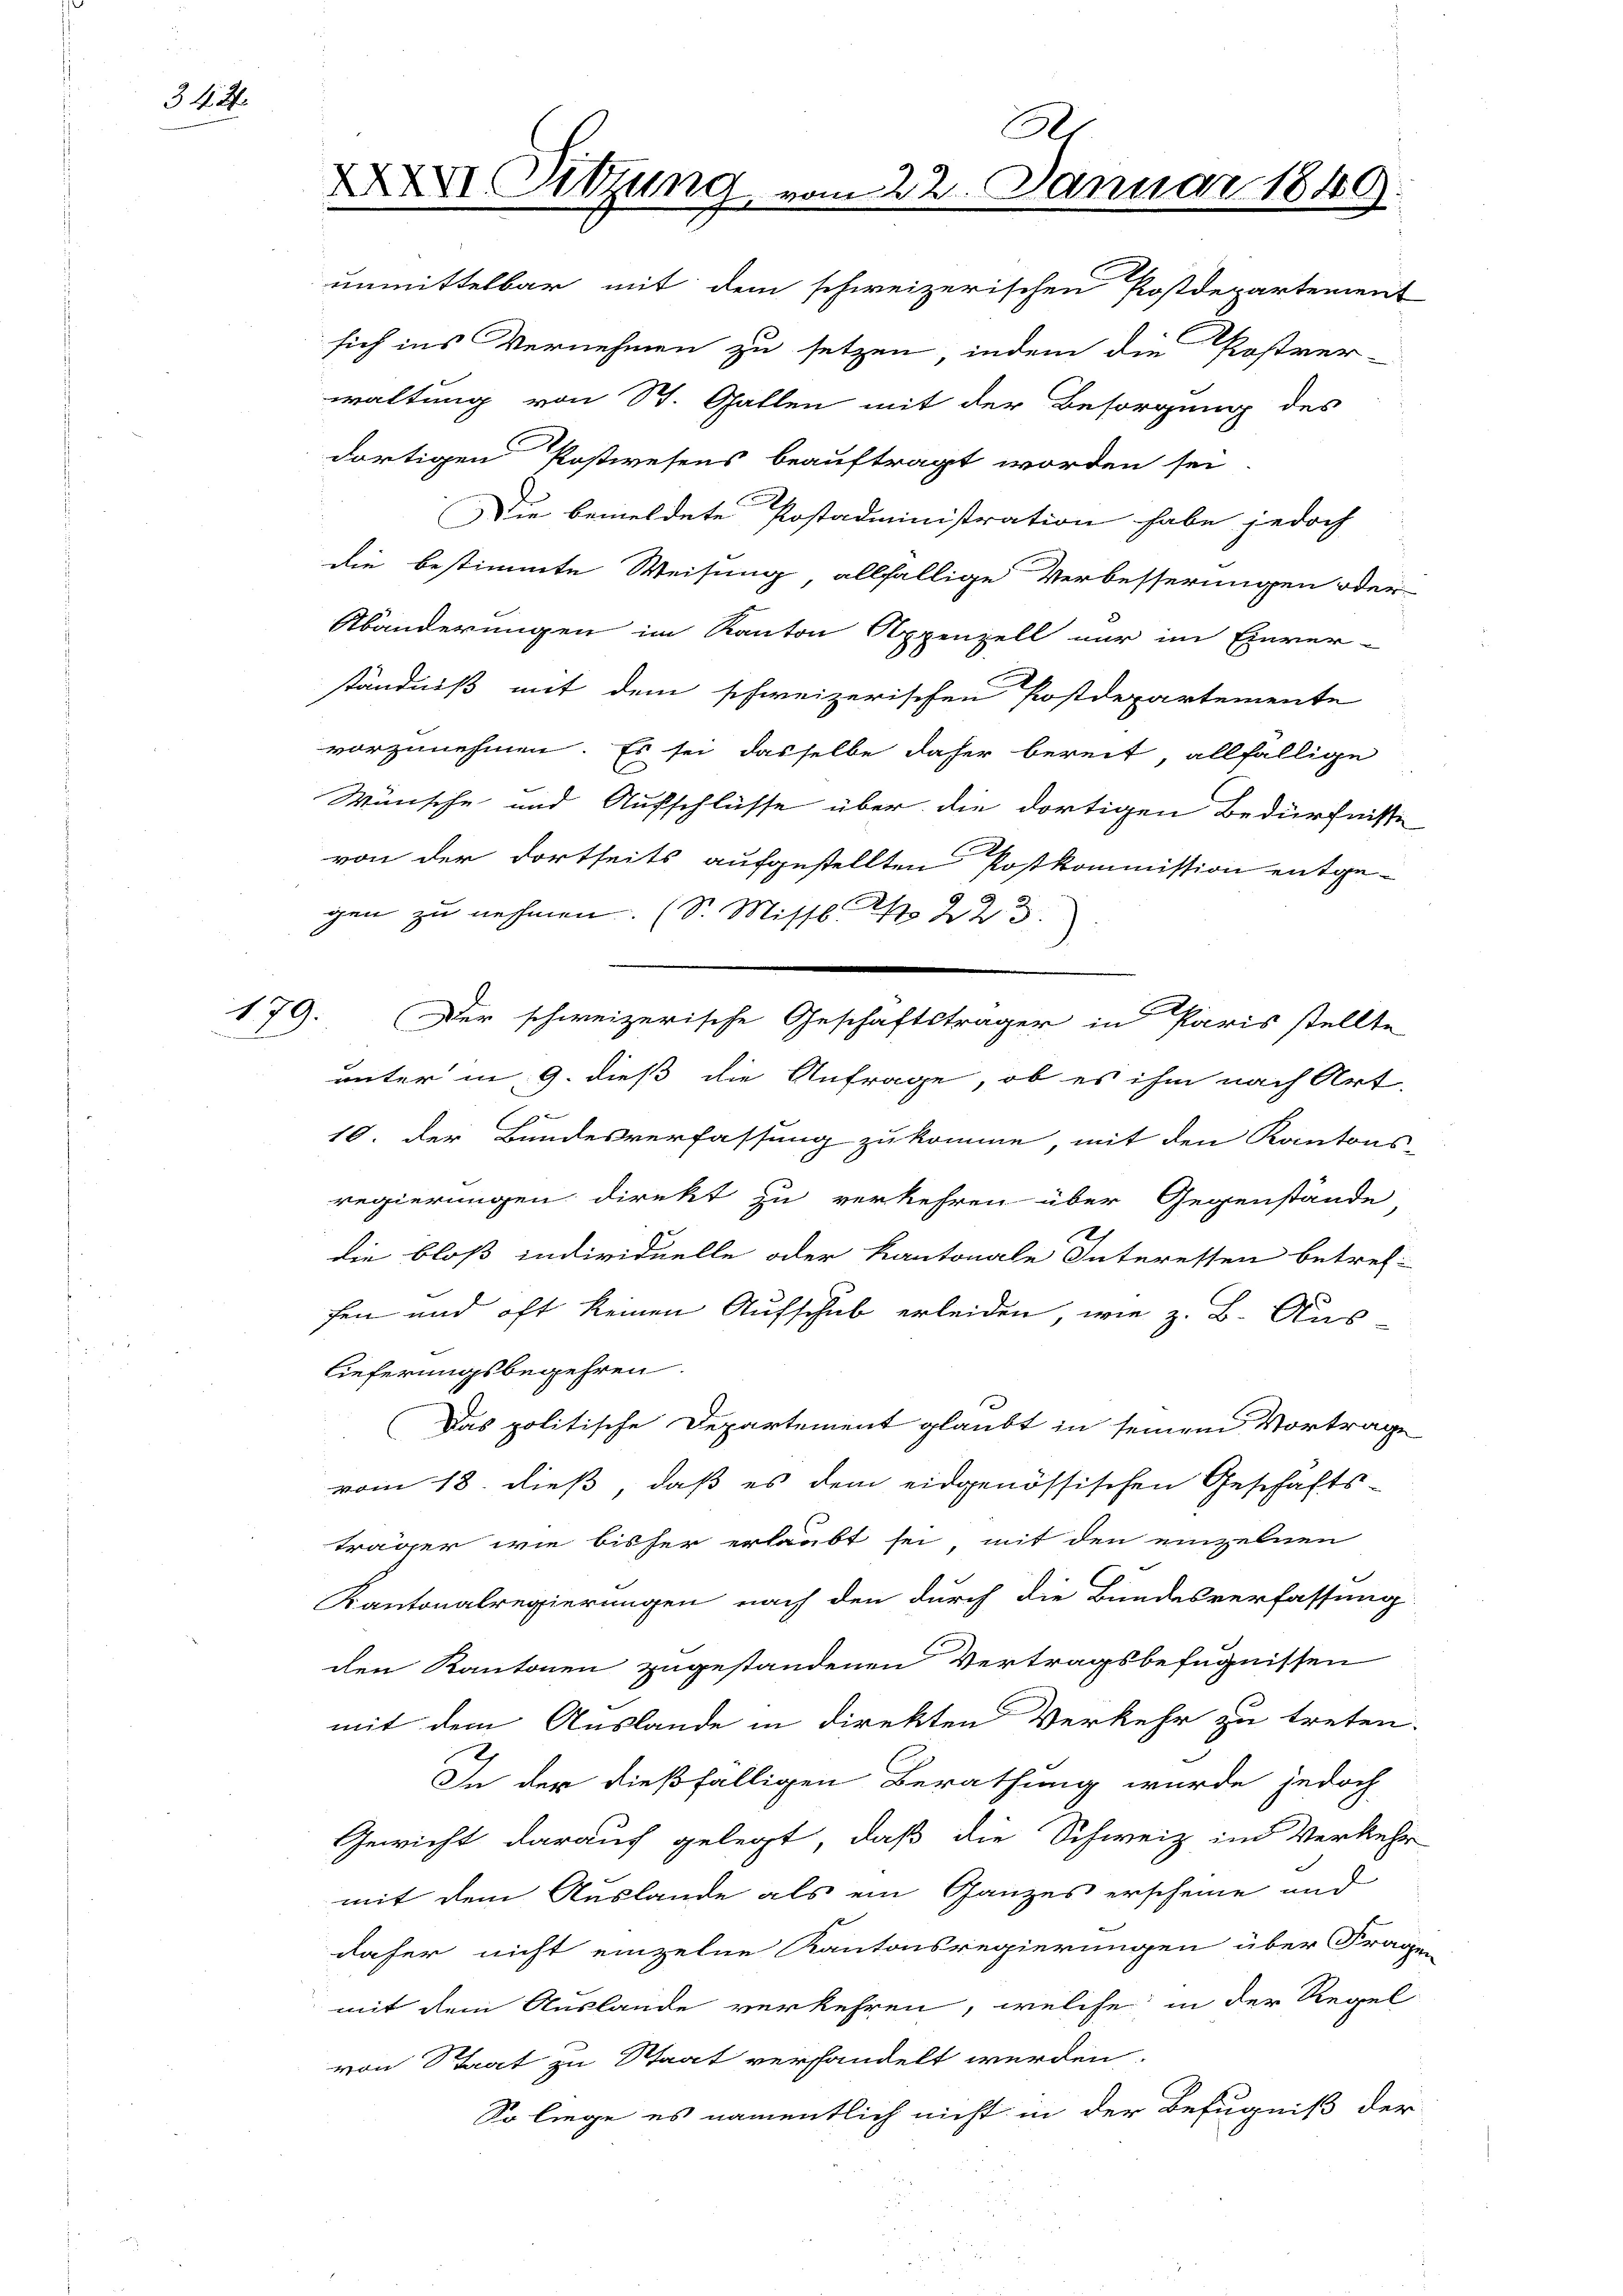
34

.

waltung von St. Gallen mit der Besorgung des
dortigen Postwesens beauftragt worden sei.
Die bemeldete Postadministration habe jedoch
die bestimmte Weisung, allfällige Verbesserungen oder
Abänderungen im Kanton Appenzell nur im Einver-
ständniß mit dem schweizerischen Postdepartemente
vorzunehmen. Es sei dasselbe daher bereit, allfällige
Wünsche und Aufschlüsse über die dortigen Bedürfnisse
von der dortseits aufgestellten Postkommission entge-
gen zu nehmen. (S. Missl. N 223
unter in 9. dieß die Anfrage, ob es ihm nach Art.
.
10. Der Bundesverfassung zukomme, mit den Kantons-
regierungen direkt zu verkehren über Gegenstände
die bloß individuelle oder kantonale Interessen betref-
fen und oft keinen Aufschub erleiden, wie z. B. Aus-
lieferungsbegehren.
Das politische Departement glaubt in seinem Vortrage
vom 18. dieß, daß es dem eidgenössischen Geschäfts-
träger wie bisher erlaubt sei, mit den einzelnen
Kantonalregierungen nach den durch die Bundesverfassung
den Kantonen zugestandenen Vertragsbefugnissen
mit dem Auslande in direkten Verkehr zu treten.
In der dießfälligen Berathung wurde jedoch
Gewicht darauf gelegt, daß die Schweiz im Verkehr
mit dem Auslande als ein Ganzes erscheine und
daher nicht einzelne Kantonsregierungen über Fragen
mit dem Auslande verkehren, welche in der Regel
von Staat zu Staat verhandelt werden.
So liege es namentlich nicht in der Befugniß der

A
XXXVI Sitzung vom 22. Januar 1849.

unmittelbar mit dem schweizerischen Postdepartement
sich ins Vernehmen zu setzen, indem die Postver-

179. Der schweizerische Geschäftsträger in Paris stellte